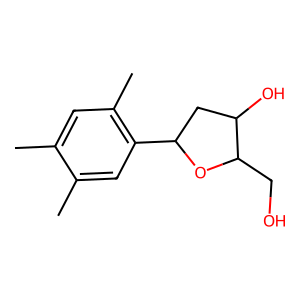
SMILES: Cc1cc(C)c(C2CC(O)C(CO)O2)cc1C
Inhibits HIV replication: No